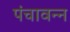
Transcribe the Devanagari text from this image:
पंचावन्‍न